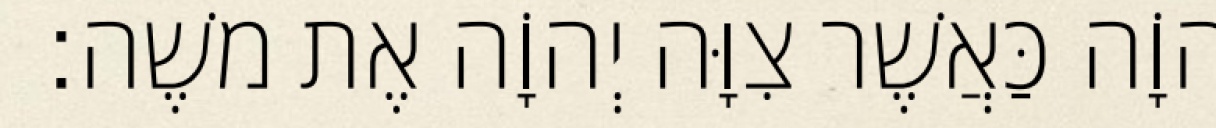
יְהוָֹה כַּאֲשֶׁר צִוָּה יְהוָֹה אֶת משֶׁה׃